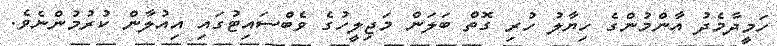
ހަމީދާމެދު އާންމުންގެ ހިޔާލު ހުރި ގޮތް ބަލަން މަޖިލީހުގެ ވެބްސައިޓުގައި އިއުލާން ކުރުމުންނެވެ.